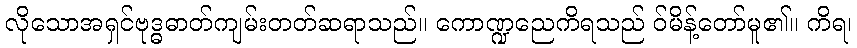
လိုသောအရှင်ဗုဒ္ဓဓာတ်ကျမ်းတတ်ဆရာသည်။ ကောဏ္ဍညေကိရသည် ဝ်မိန့်တော်မူ၏။ ကိရ၊